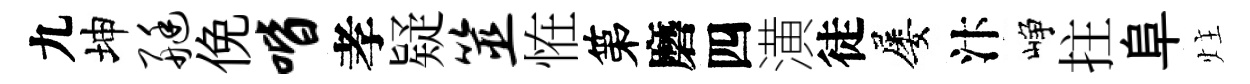
九坤艇俛喈孝疑筮恠第磨四潢徒屡汴峥拄阜炷